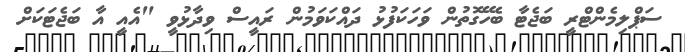
ސަޕްލިމެންޓްރީ ބަޖެޓާ ބެހޭގޮތުން ވަހަކަފުޅު ދައްކަވަމުން ރައީސް ވިދާޅުވީ "އެއީ އާ ބަޖެޓަކަށް